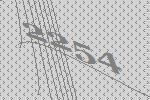
2254